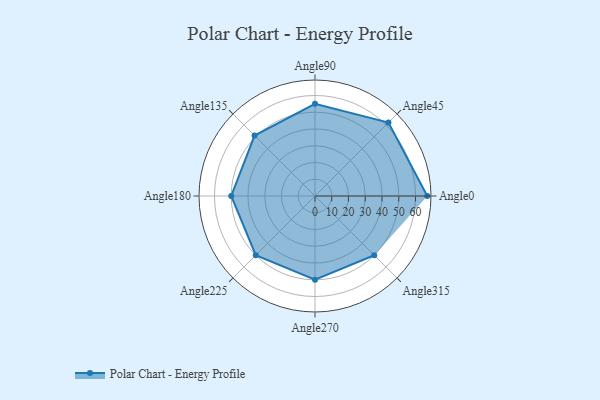
{"axis": {"x": "Angle", "y": "Radius"}, "legend": [""], "data": [{"x": "Angle0", "y": 67.0, "type": ""}, {"x": "Angle45", "y": 62.0, "type": ""}, {"x": "Angle90", "y": 55.0, "type": ""}, {"x": "Angle135", "y": 51.0, "type": ""}, {"x": "Angle180", "y": 50, "type": ""}, {"x": "Angle225", "y": 50, "type": ""}, {"x": "Angle270", "y": 50, "type": ""}, {"x": "Angle315", "y": 50, "type": ""}]}